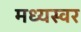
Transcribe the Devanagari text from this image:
मध्यस्वर